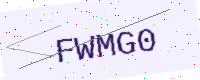
Text: FWMG0